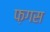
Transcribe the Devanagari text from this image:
फ़गस